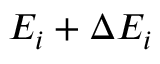
E _ { i } + \Delta E _ { i }